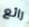
رائع